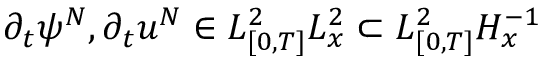
\partial _ { t } \psi ^ { N } , \partial _ { t } u ^ { N } \in L _ { [ 0 , T ] } ^ { 2 } L _ { x } ^ { 2 } \subset L _ { [ 0 , T ] } ^ { 2 } H _ { x } ^ { - 1 }